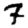
Digit: 7